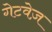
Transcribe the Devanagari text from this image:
गेटवेज़